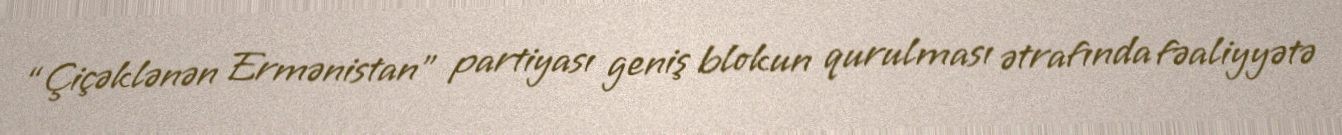
“Çiçəklənən Ermənistan” partiyası geniş blokun qurulması ətrafında fəaliyyətə